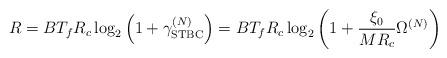
LaTeX: \begin{align*}R=BT_fR_c\log_2\left(1+\gamma_{\mathrm{STBC}}^{(N)}\right)=BT_fR_c\log_2\left(1+\frac{\xi_0}{MR_c}\Omega^{(N)}\right)\end{align*}